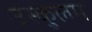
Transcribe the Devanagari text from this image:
उस्कुलम